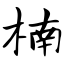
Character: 楠